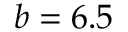
b = 6 . 5